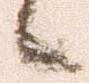
候